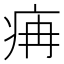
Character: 㾆